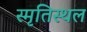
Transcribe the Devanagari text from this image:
स्मृतिस्थल